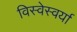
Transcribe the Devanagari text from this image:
विस्वेस्वर्या